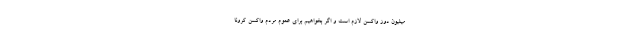
میلیون دوز واکسن لازم است و اگر بخواهیم برای عموم مردم واکسن کرونا